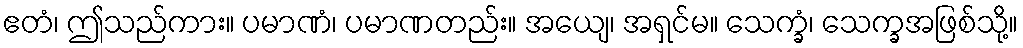
ဧတံ၊ ဤသည်ကား။ ပမာဏံ၊ ပမာဏတည်း။ အယျေ၊ အရှင်မ။ သေက္ခံ၊ သေက္ခအဖြစ်သို့။